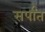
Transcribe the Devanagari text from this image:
सर्पांत